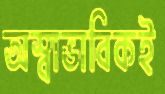
অস্বাভাবিকই